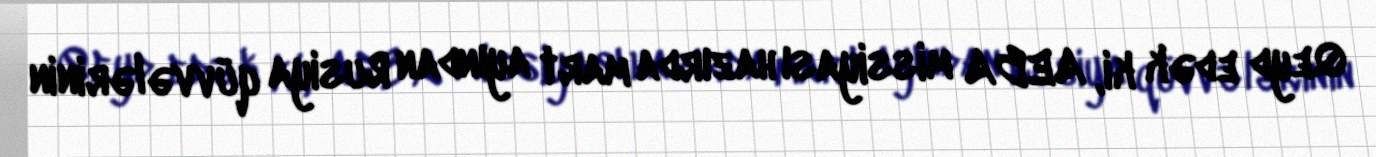
Qeyd edək ki, AEBA missiyası hazırda mart ayından Rusiya qüvvələrinin